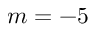
m = - 5